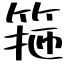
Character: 箍